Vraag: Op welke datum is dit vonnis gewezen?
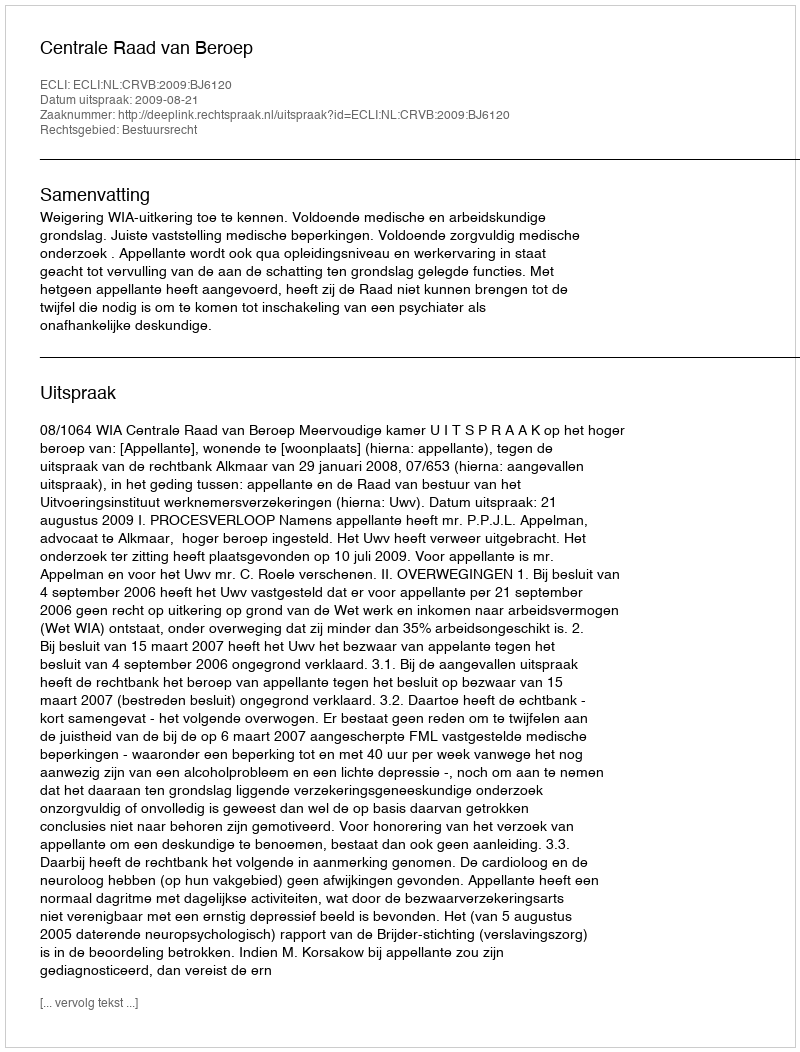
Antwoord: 2009-08-21